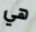
هي